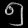
Digit: ၅